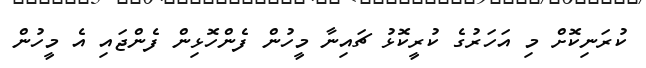
ކުރަނިކޮށް މި އަހަރުގެ ކުރީކޮޅު ޗައިނާ މީހުން ފެންހޮޅިން ފެންޖައި އެ މީހުން